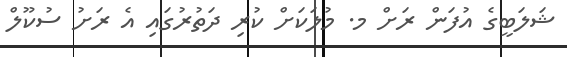
ޝަލަބީގެ އުފަން ރަށް މ. މުލަކަށް ކުރި ދަތުރުގައި އެ ރަށު ސުކޫލް